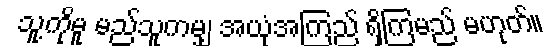
သူ့ကိုမူ မည်သူကမျှ အယုံအကြည် ရှိကြမည် မဟုတ်။